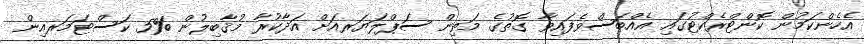
އެހެންކަމުން ކޮންޓްރެކްޓުގައި އެއްބަސްވެފައިވާ ގޮތުގެ މަތިން ސަޕްލަޔަރއަށް އަދާކުރާ މުޤާބިލުން %5 ކަސްޓަމަރއިން